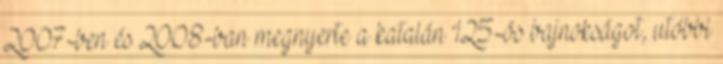
2007-ben és 2008-ban megnyerte a katalán 125-ös bajnokságot, utóbbi